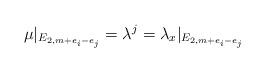
LaTeX: \begin{align*}\mu|_{E_{2,m+e_i -e_j}} = \lambda^j = \lambda_x|_{E_{2,m+e_i -e_j}} \end{align*}